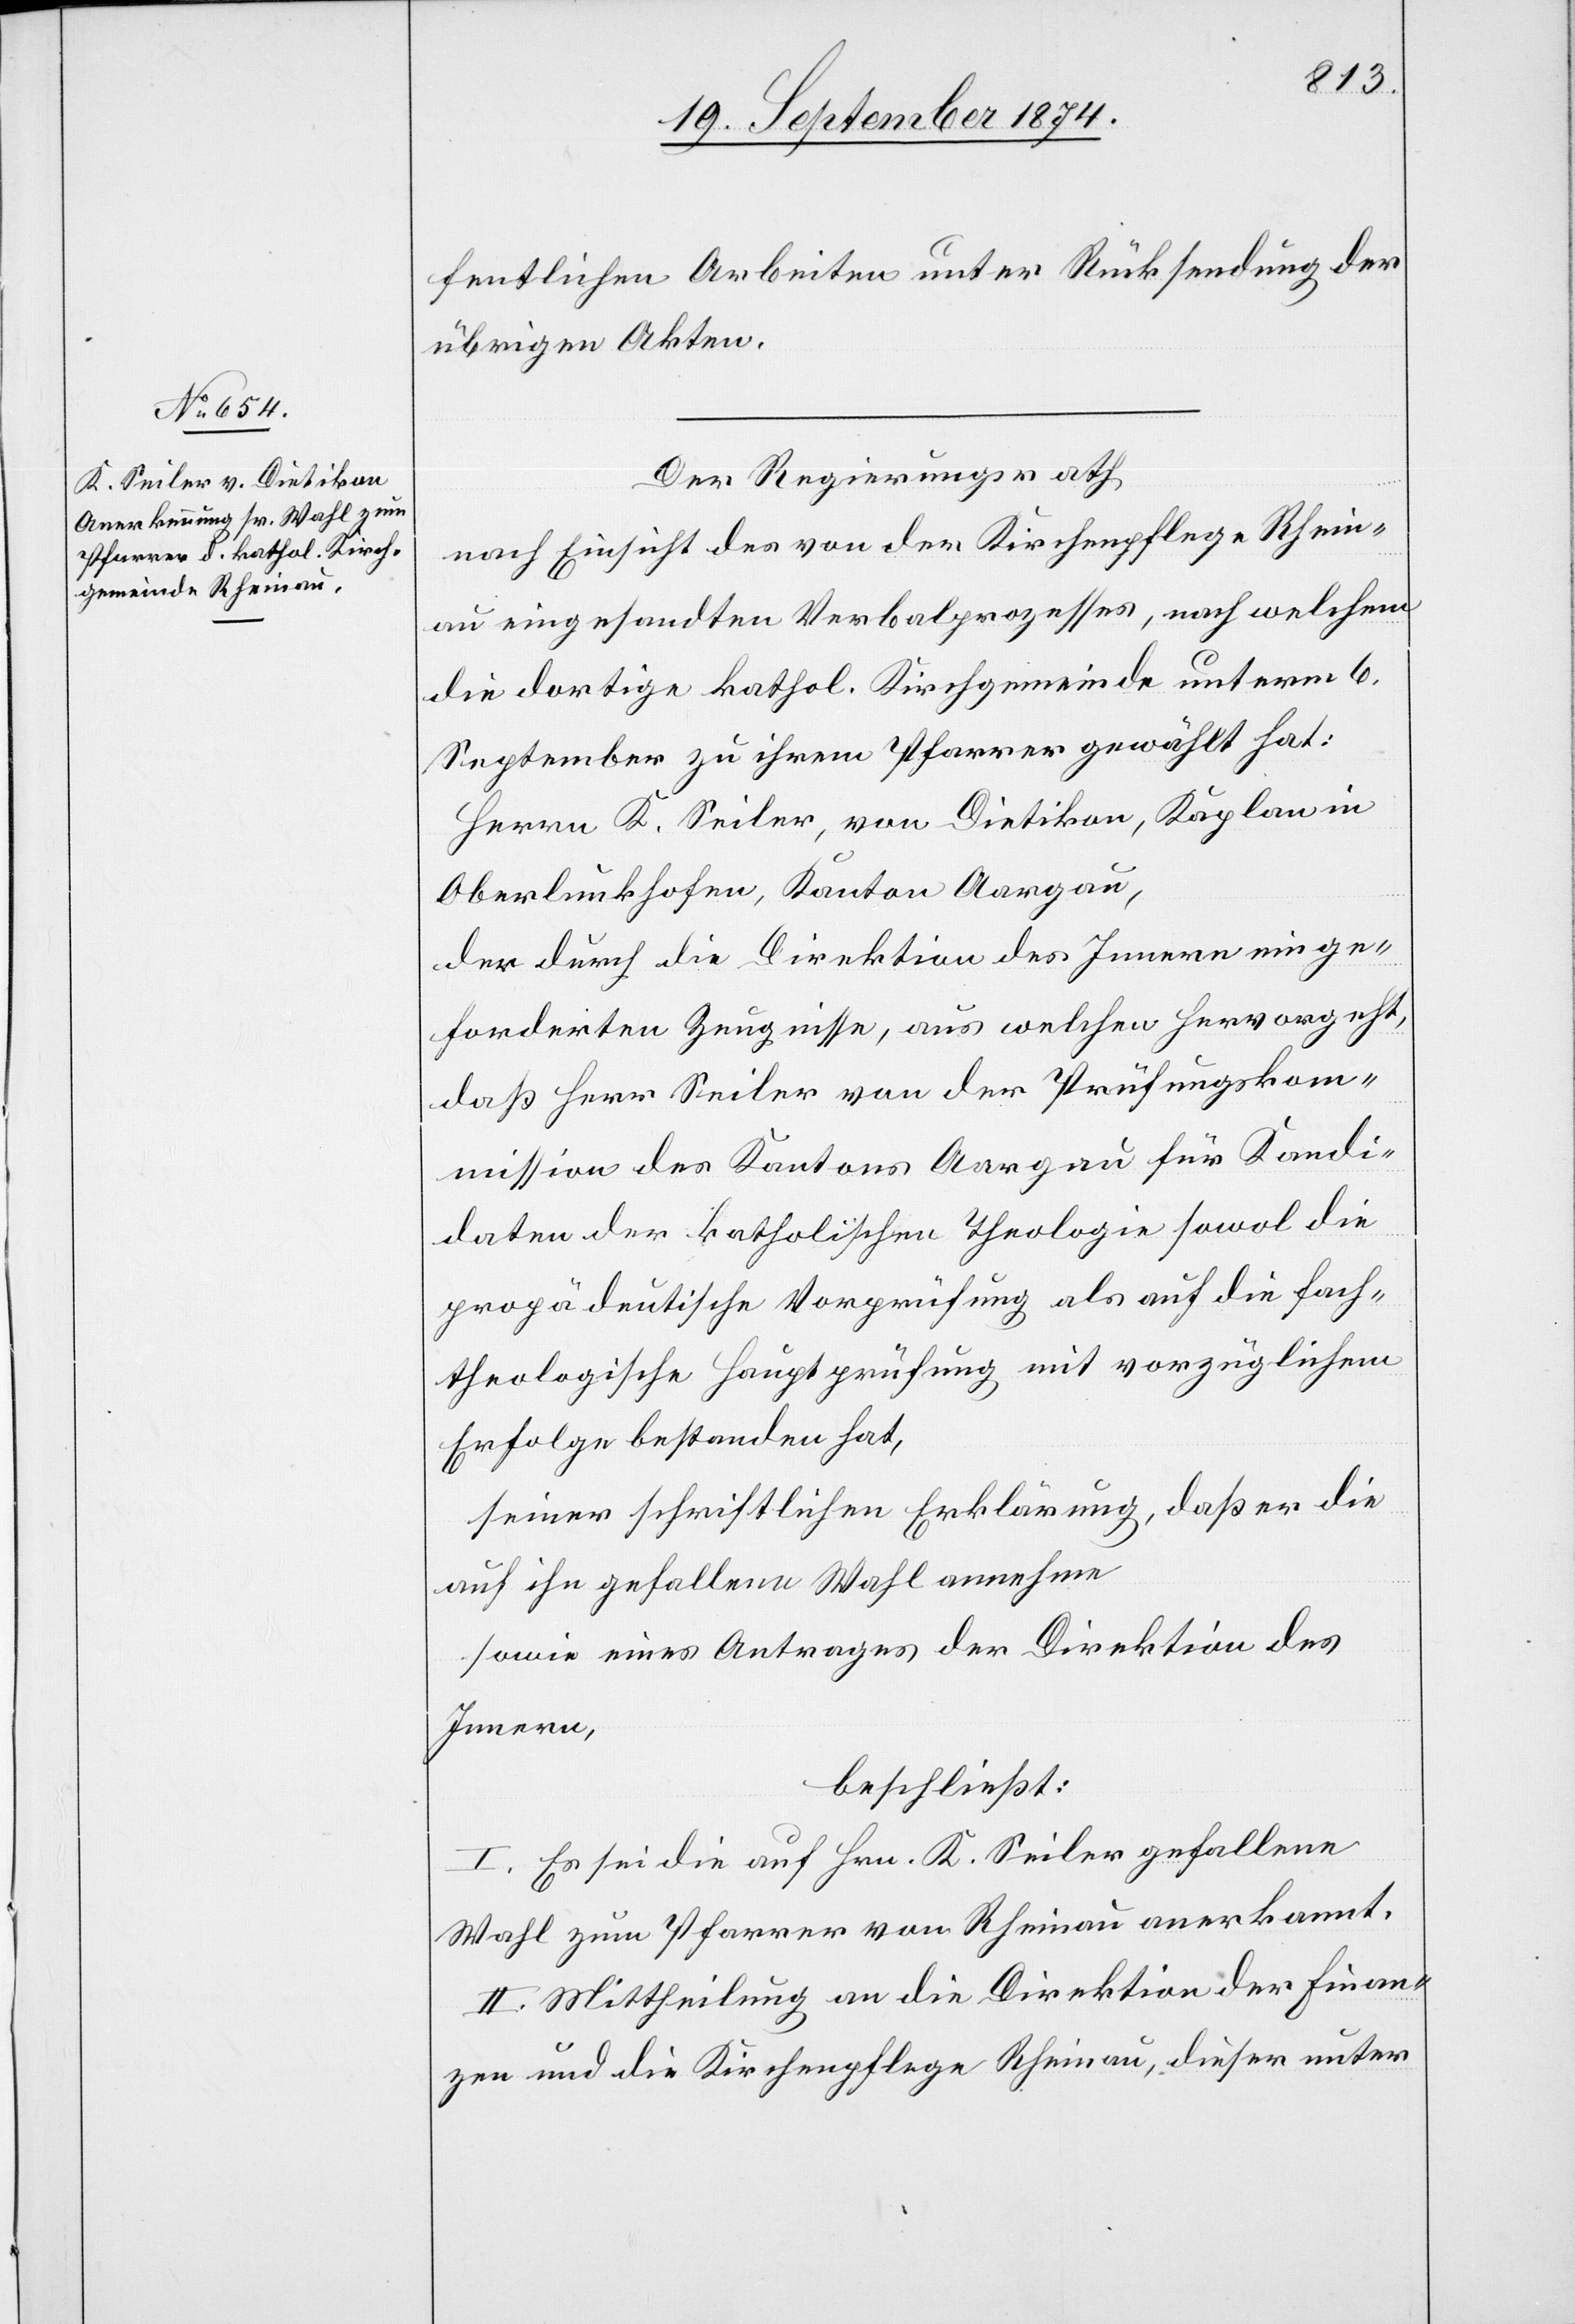
24. September 1874.]
fentlichen Arbeiten unter Rücksendung der
übrigen Akten.
Der Regierungsrath
nach Einsicht des von der Kirchenpflege Rhein¬
au eingesandten Verbalprozesses, nach welchem
die dortige kathol. Kirchgemeinde unterm 6.
September zu ihrem Pfarrer gewählt hat:
Herrn K. Seiler, von Dietikon, Kaplan in
Oberlunkhofen, Kanton Aargau,
der durch die Direktion des Innern einge¬
forderten Zeugnisse, aus welchen hervorgeht,
daß Herr Seiler von der Prüfungskom¬
mission des Kantons Aargau für die Kandi¬
daten der katholischen Theologie sowol die
propädeutische Vorprüfung als auf die fach¬
theologische Hauptprüfung mit vorzüglichem
Erfolge bestanden hat,
seiner schriftlichen Erklärung, daß er die
auf ihn gefallene Wahl annehme
sowie eines Antrages der Direktion des
Innern,
beschließt:
I. Es sei die auf Hrn. K. Seiler gefallene
Wahl zum Pfarrer von Rheinau anerkannt.
II. Mittheilung an die Direktion der Finan¬
zen und die Kirchenpflege Rheinau, dieser unter